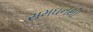
સમઘનથી